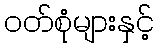
ဝတ်စုံများနှင့်